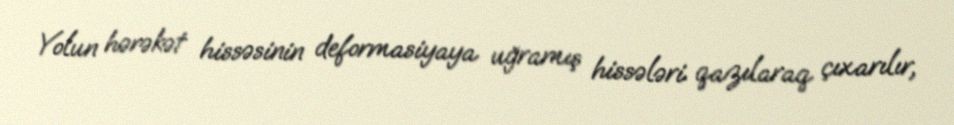
Yolun hərəkət hissəsinin deformasiyaya uğramış hissələri qazılaraq çıxarılır,